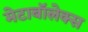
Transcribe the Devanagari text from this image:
मेटाबॉलेक्स